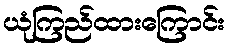
ယုံကြည်ထားကြောင်း